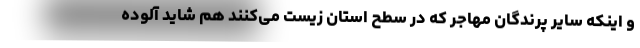
و اینکه سایر پرندگان مهاجر که در سطح استان زیست می‌کنند هم شاید آلوده